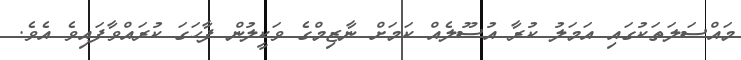
މައްސަލަތަކުގައި އަމަލު ކުރާ އުސޫލެއް ކަމަށް ނާޒިމްގެ ވަކީލުން ފާހަގަ ކުރައްވާފައިވެ އެވެ.